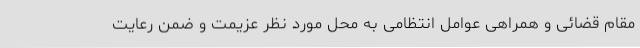
مقام قضائی و همراهی عوامل انتظامی به محل مورد نظر عزیمت و ضمن رعایت